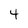
Character: 4